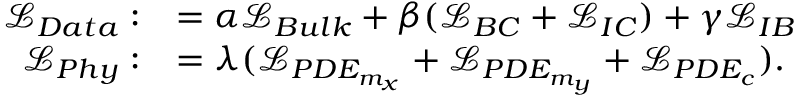
\begin{array} { r l } { \mathcal { L } _ { D a t a } : } & { = \alpha \mathcal { L } _ { B u l k } + \beta ( \mathcal { L } _ { B C } + \mathcal { L } _ { I C } ) + \gamma \mathcal { L } _ { I B } } \\ { \mathcal { L } _ { P h y } : } & { = \lambda ( \mathcal { L } _ { P D E _ { m _ { x } } } + \mathcal { L } _ { P D E _ { m _ { y } } } + \mathcal { L } _ { P D E _ { c } } ) . } \end{array}